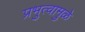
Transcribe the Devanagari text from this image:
प्रभुत्वामुळे